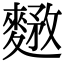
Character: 𪍘